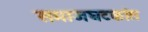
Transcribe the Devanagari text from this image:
समाजघटकांत